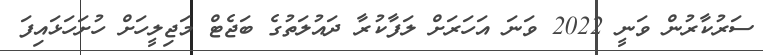
ސަރުކާރުން ވަނީ 2022 ވަނަ އަހަރަށް ލަފާކުރާ ދައުލަތުގެ ބަޖެޓް މަޖިލީހަށް ހުށަހަޅައިފަ